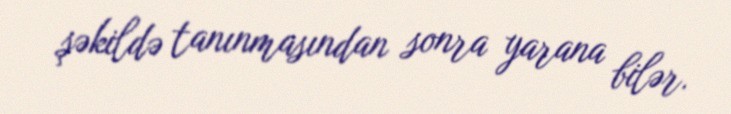
şəkildə tanınmasından sonra yarana bilər.